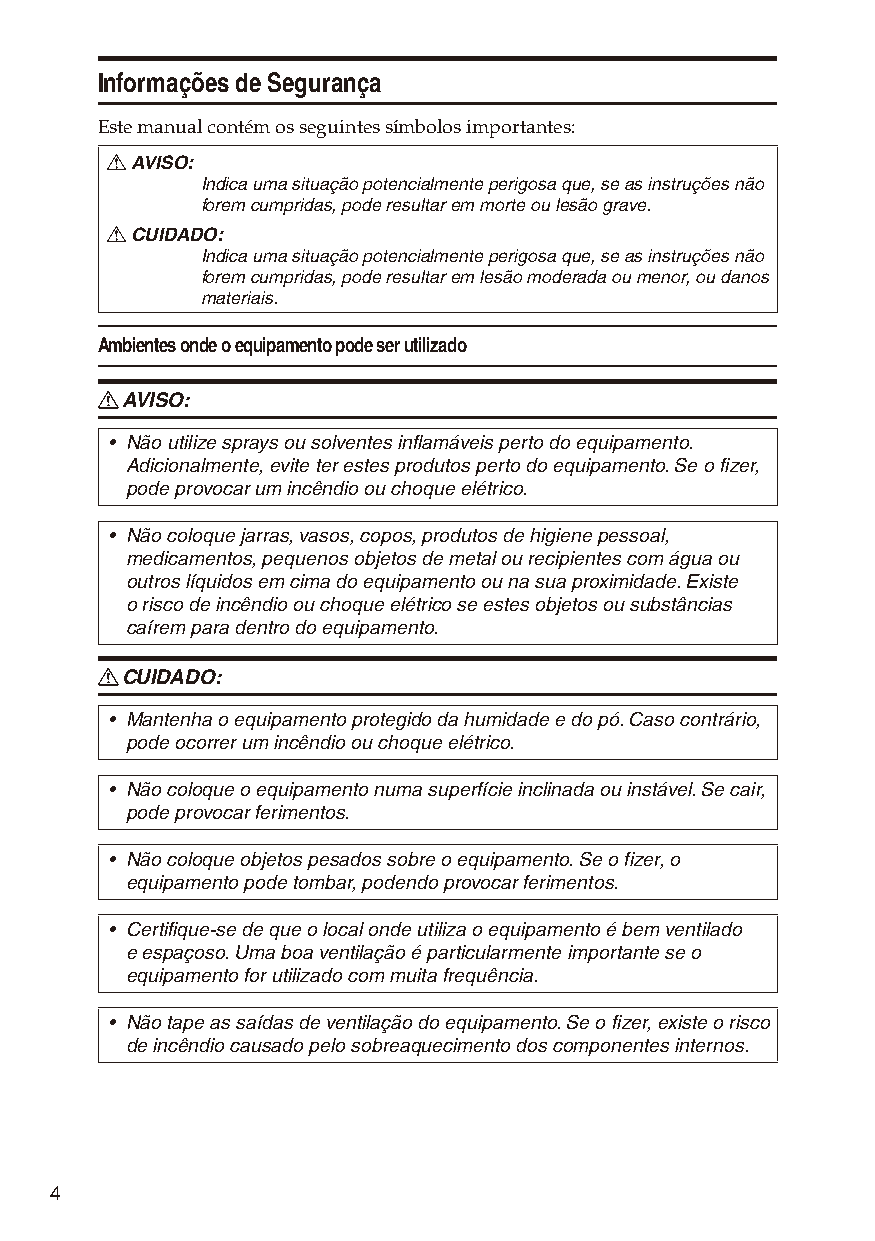
Informações de Segurança
 Este manual contém os seguintes símbolos importantes:
 R AVISO:
 Indica uma situação potencialmente perigosa que, se as instruções não
 forem cumpridas, pode resultar em morte ou lesão grave.
 R CUIDADO:
 Indica uma situação potencialmente perigosa que, se as instruções não
 forem cumpridas, pode resultar em lesão moderada ou menor, ou danos
 materiais.
 Ambientes onde o equipamento pode ser utilizado
 R AVISO:
 • Não utilize sprays ou solventes inflamáveis perto do equipamento.
 Adicionalmente, evite ter estes produtos perto do equipamento. Se o fizer,
 pode provocar um incêndio ou choque elétrico.
 • Não coloque jarras, vasos, copos, produtos de higiene pessoal,
 medicamentos, pequenos objetos de metal ou recipientes com água ou
 outros líquidos em cima do equipamento ou na sua proximidade. Existe
 o risco de incêndio ou choque elétrico se estes objetos ou substâncias
 caírem para dentro do equipamento.
 R CUIDADO:
 • Mantenha o equipamento protegido da humidade e do pó. Caso contrário,
 pode ocorrer um incêndio ou choque elétrico.
 • Não coloque o equipamento numa superfície inclinada ou instável. Se cair,
 pode provocar ferimentos.
 • Não coloque objetos pesados sobre o equipamento. Se o fizer, o
 equipamento pode tombar, podendo provocar ferimentos.
 • Certifique-se de que o local onde utiliza o equipamento é bem ventilado
 e espaçoso. Uma boa ventilação é particularmente importante se o
 equipamento for utilizado com muita frequência.
 • Não tape as saídas de ventilação do equipamento. Se o fizer, existe o risco
 de incêndio causado pelo sobreaquecimento dos componentes internos.
 4